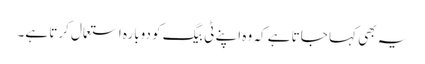
یہ بھی کہا جاتا ہے کہ وہ اپنے ٹی بیگ کو دوبارہ استعمال کرتا ہے۔